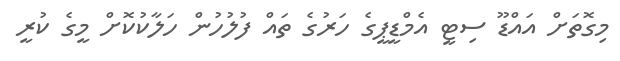
މިގޮތަށް އައްޑޫ ސިޓީ އެމްޑީޕީގެ ހަރުގެ ތައް ފުލުހުން ހަލާކުކޮށް މީގެ ކުރީ